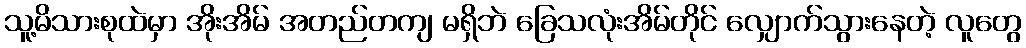
သူ့မိသားစုထဲမှာ အိုးအိမ် အတည်တကျ မရှိဘဲ ခြေသလုံးအိမ်တိုင် လျှောက်သွားနေတဲ့ လူတွေ